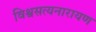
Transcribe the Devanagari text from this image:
विश्वसत्यनारायण